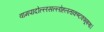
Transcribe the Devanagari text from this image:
वामपादोल्लसल्लोहलताकण्टकभूषणा।